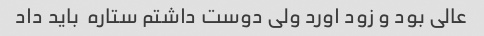
عالی بود و زود اورد ولی دوست داشتم ستاره  باید داد